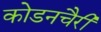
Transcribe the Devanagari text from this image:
कोडनचैरी